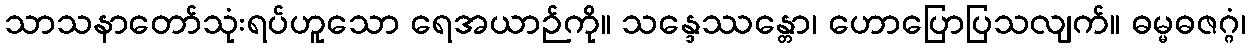
သာသနာတော်သုံးရပ်ဟူသော ရေအယာဉ်ကို။ သန္ဒေဿန္တော၊ ဟောပြောပြသလျက်။ ဓမ္မဓဇဂ္ဂံ၊